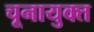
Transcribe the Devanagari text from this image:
चूनायुक्त